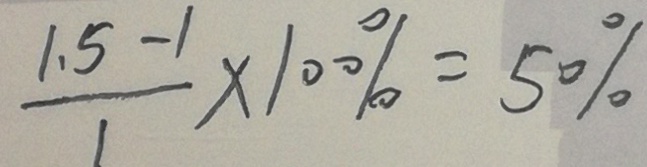
\frac { 1 . 5 - 1 } { 1 } \times 1 0 0 \% = 5 0 \%